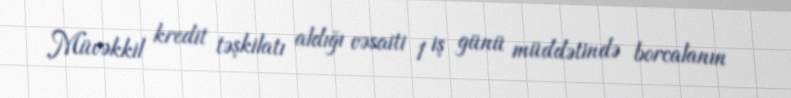
Müvəkkil kredit təşkilatı aldığı vəsaiti 1 iş günü müddətində borcalanın